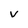
Character: V